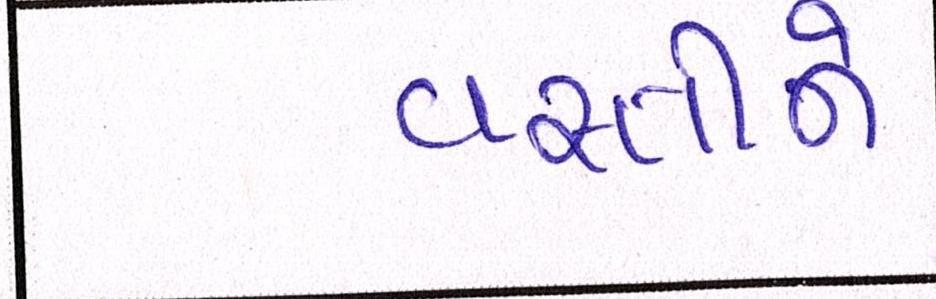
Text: વસતિને